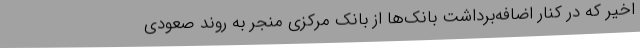
اخیر که در کنار اضافه‌برداشت بانک‌ها از بانک مرکزی منجر به روند صعودی